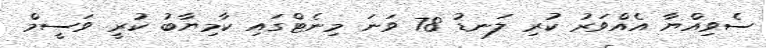
ސެވިއްޔާ އެއްވަރު ކުރި ލަނޑު 78 ވަނަ މިނެޓްގައި ކާމިޔާބު ކުރީ ވަސީމް